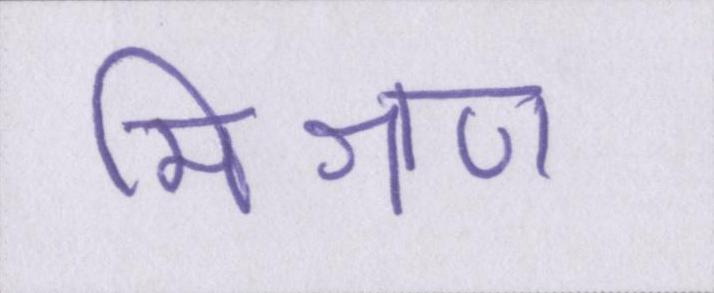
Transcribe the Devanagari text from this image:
मिश्रण